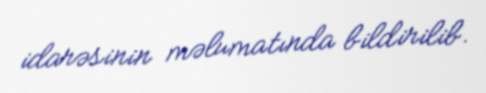
idarəsinin məlumatında bildirilib.